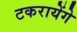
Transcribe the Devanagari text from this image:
टकरायेंगे